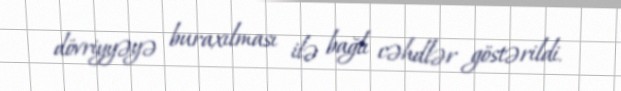
dövriyyəyə buraxılması ilə bağlı cəhdlər göstərildi.